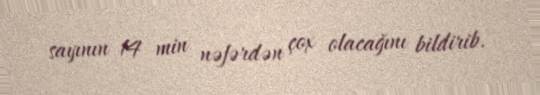
sayının 14 min nəfərdən çox olacağını bildirib.